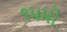
૧૫મો